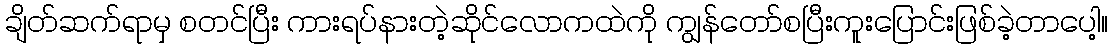
ချိတ်ဆက်ရာမှ စတင်ပြီး ကားရပ်နားတဲ့ဆိုင်လောကထဲကို ကျွန်တော်စပြီးကူးပြောင်းဖြစ်ခဲ့တာပေါ့။